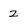
Character: 2